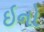
ઇનો